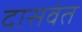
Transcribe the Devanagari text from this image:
दासवंत